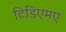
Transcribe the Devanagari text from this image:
टिडिएमए